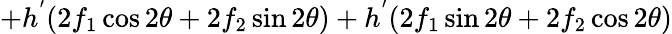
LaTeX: +h^{'}(2f_{1}\cos 2\theta+2f_{2}\sin 2\theta)+h^{'}(2f_{1}\sin 2\theta+2f_{2}\cos 2\theta)